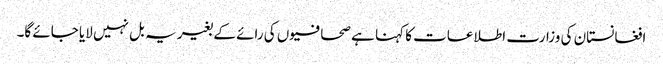
افغانستان کی وزارت اطلاعات کا کہنا ہے صحافیوں کی رائے کے بغیر یہ بل نہیں لایا جائے گا۔